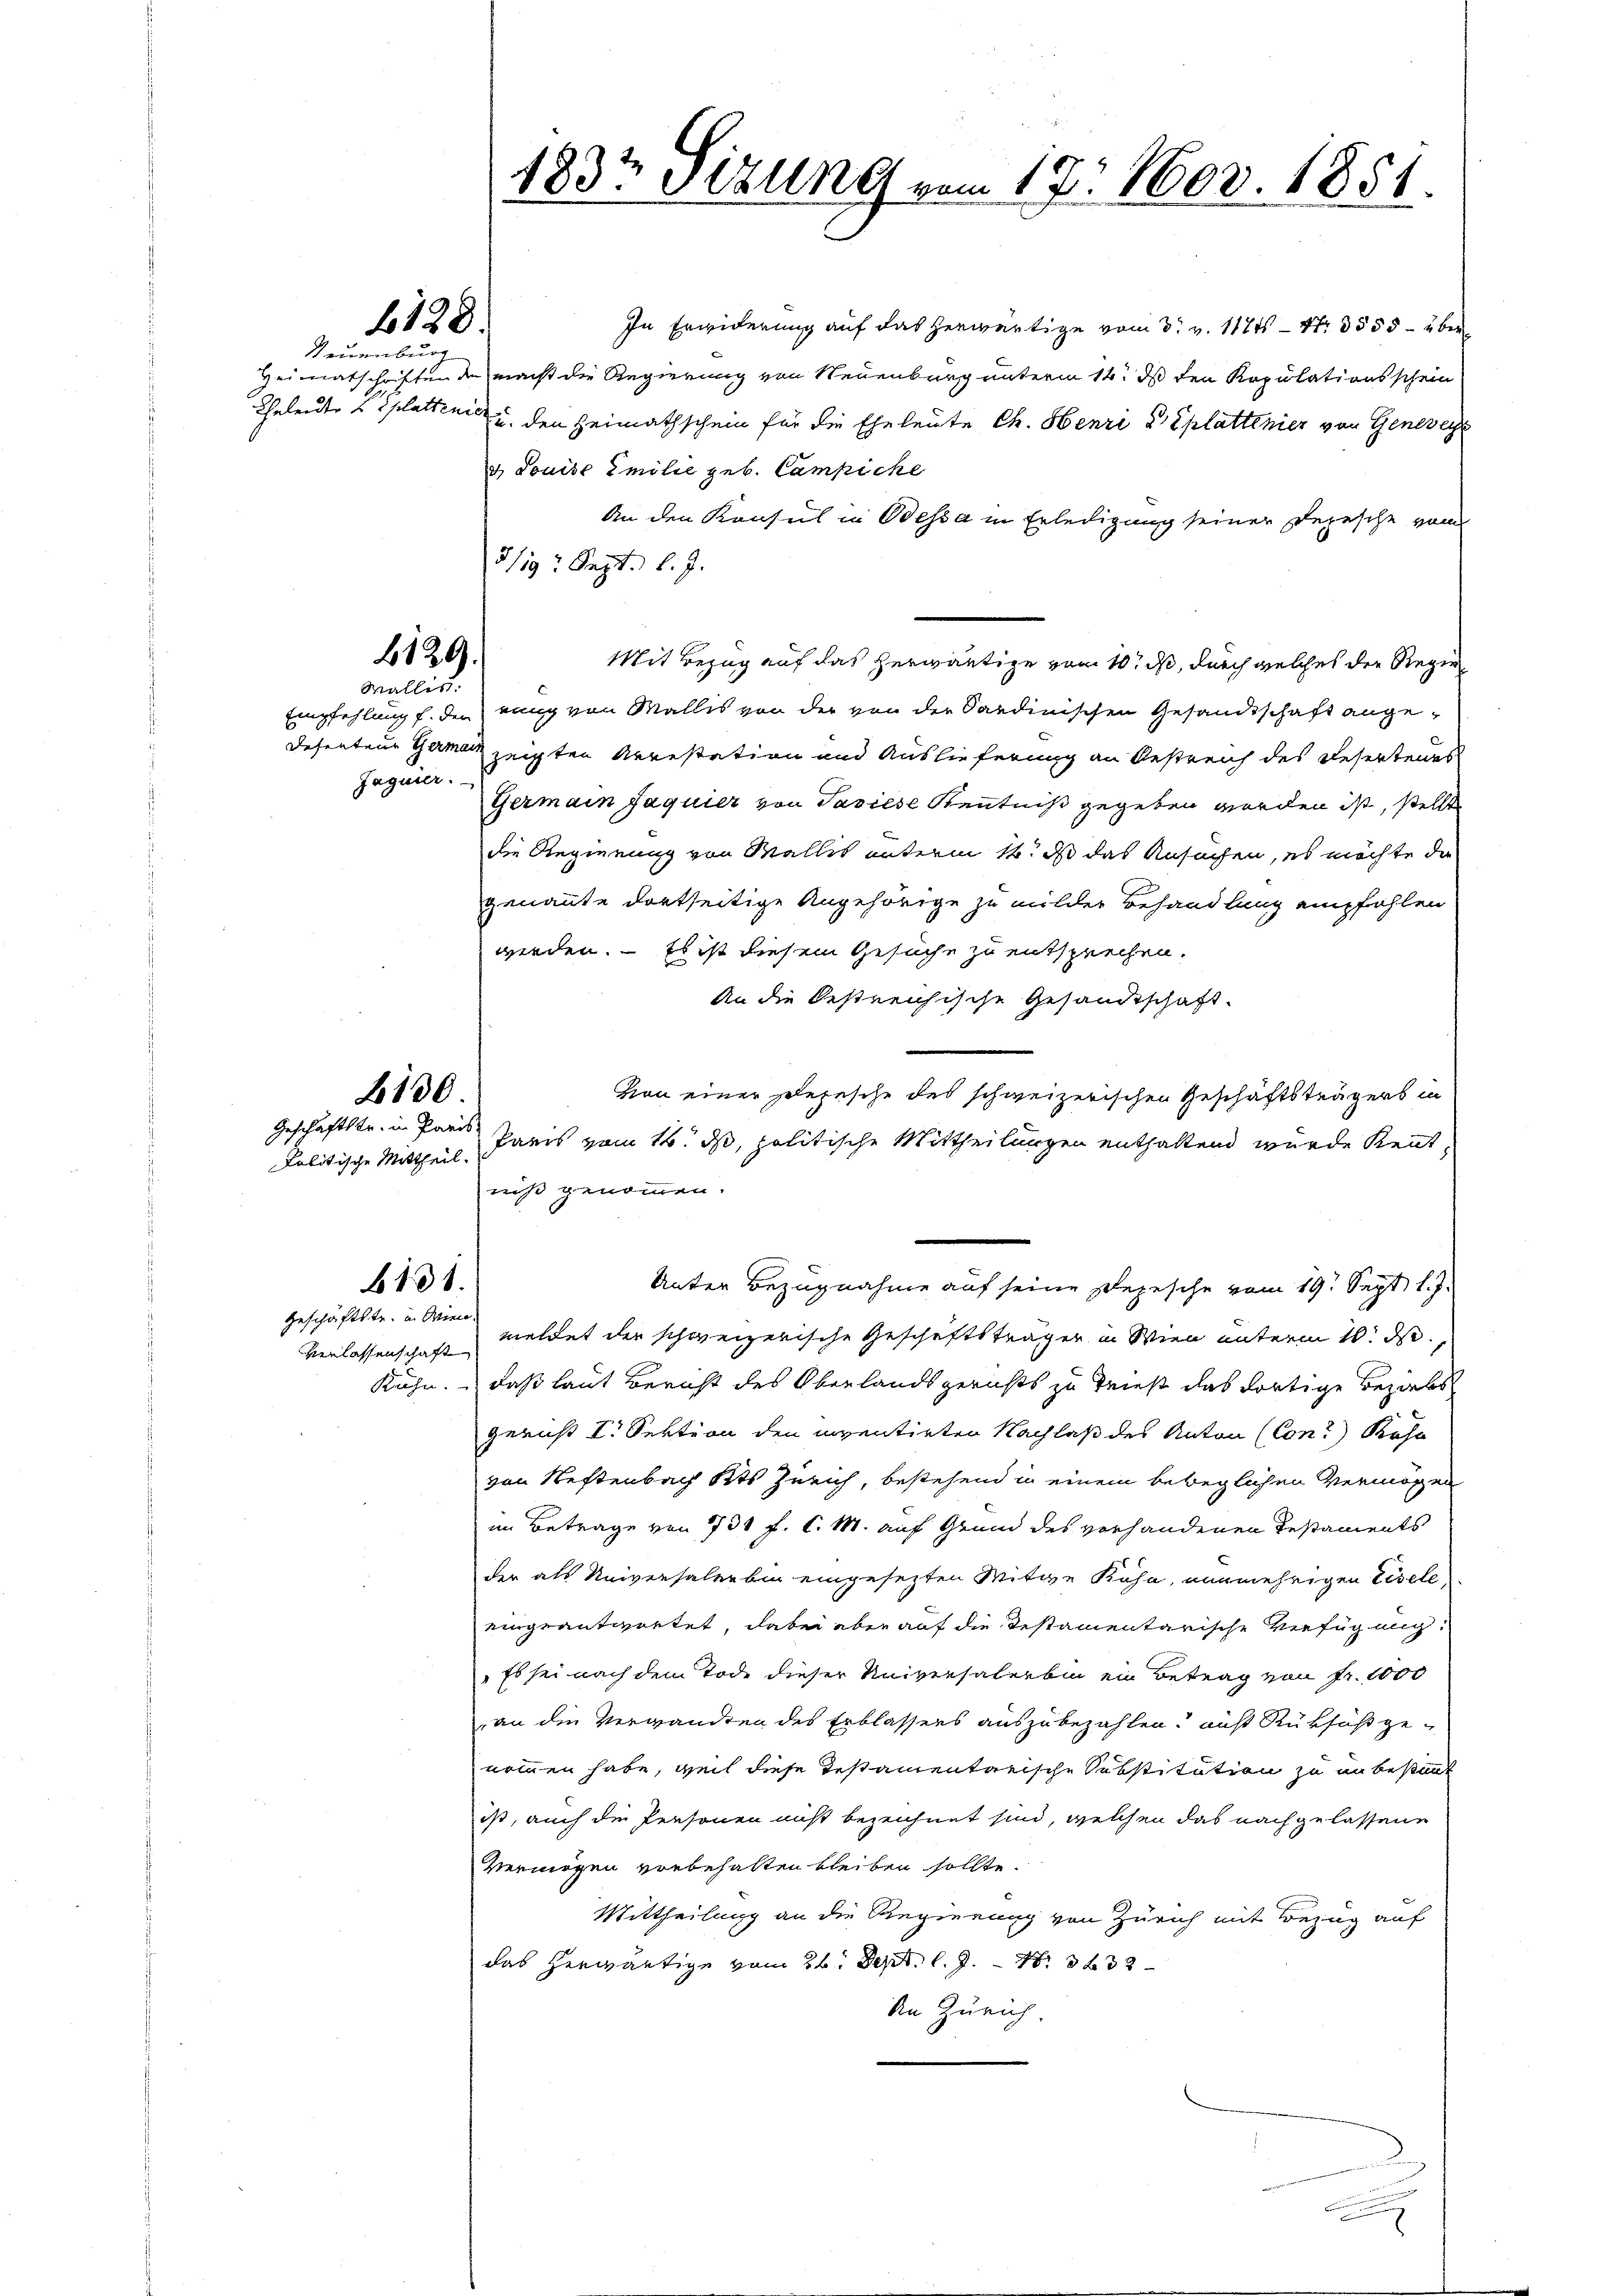
Neuenburg

Jaguier.

6138

2129.
Wallis.

2130
Geschäftstr. in Paris

kalitische Mittheil.

b131.

Geschäftstr. in Wien
Verlassenschaft

In Erwiderung auf das herwärtige vom 3. v. 1171 - 2. 555 - über
Heimatschriften de macht die Regierung von Neuenburg unterm 14. ds den Kopulationsschein
Cheleute ni plattini u. den Heimathschein für die Eheleute Ch. Henri u Eplattinier von Geneveze
d. Louise Emilie geb. Campiche
An den Konsul in Odessa in Erledigung seiner Depesche vom
5/19. Sept. l. J.
Empfehlung f. der rang von Wallis von der von der Sardinischen Gesandtschaft ange¬
Desenteur Germasz zeigten Arrestation und Auslieferung an Oestreich des Resertens
Germain Jaquier von Pasiese Kenntniß gegeben worden ist, stellt
die Regierung von Wallis unterm 14. ds das Ansuchen, es möchte die
genannte dortseitige Angehörige zu milder Behandlung empfehlen
werden. – Es ist diesem Gesuche zu entsprechen.
An die bestreichische Gesandtschaft.
Von einer Depesche des schweizerischen Geschäftsträgers in
Paris vom 14. ds, politische Mittheilungen enthaltend wurde Kennt,
niß genommen.
Unter Bezugnahme auf seine Depesche vom 19t Sept. l. J.
meldet der schweizerische Geschäftsträger in Wien unterm 10. ds.,
Kühn. Daß laut Bericht des Oberlandsgerichts zu Triest das dortige Beziehs
gericht I. Sektion den inventirten Nachlaß des Anton (Con? Rose
von Neftenbach Kts Zürich, bestehend in einem beweglichen Vermögen
im Betrage von 131 f. C. M. auf Grund des vorhandenen Restaments
der als Universalen bin eingesezten Witwe Kühn, nunmehrigen Eisele,
eingeantwortet, dabei aber auf die Testamentarische Verfügung,
„Es sei nach dem Tode dieser Universalerbin ein Betrag von Fr. 1000
ran die Verwandten des Erblassers auszubezahlen, auf Rüksis ge-
nommen habe, weil diese Testamentarische Substitution zu an bestimmt
ist, auch die Personen nicht bezeichnet sind, welchen das nachgelassene
Vermögen vorbehalten bleiben sollte.
Mittheilung an die Regierung von Zürich mit Bezug auf
das herwärtige vom 26. Sept. l. J. N. 333
An Zürich

1832 Sizung vom 17. Nov. 1851.

Mit Bezug auf das herwärtige vom 10. ds, durch welches der Regie¬

.